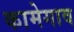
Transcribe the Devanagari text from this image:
कामेगाव